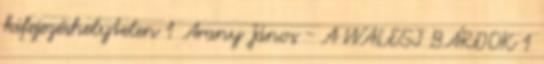
kifejezéshelytelen 1 Arany János - A WALESI BÁRDOK 1